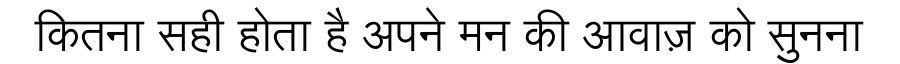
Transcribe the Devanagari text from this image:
कितना सही होता है अपने मन की आवाज़ को सुनना